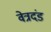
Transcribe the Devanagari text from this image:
वेत्रदंड